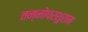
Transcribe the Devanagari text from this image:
तन्नोपरशुराम